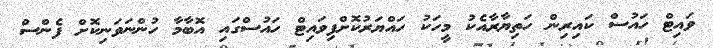
ވައިޓް ހައުސް ކައިރިން ހަތިޔާރާއެކު މީހަކު ހައްޔަރުކޮށްފިވައިޓް ހައުސްގައި އޮބާމާ ހުންނަވަނިކޮށް ފެންސް